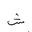
Letter: _shin